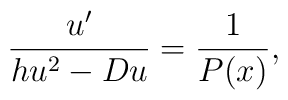
\frac{u^\prime}{h u^2 -D u} = \frac{1}{P(x)} ,